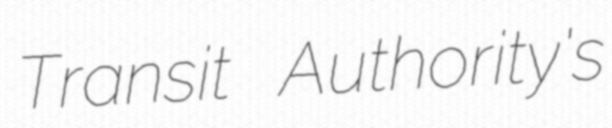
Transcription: Transit Authority's